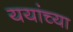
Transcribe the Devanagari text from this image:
ययांच्या